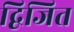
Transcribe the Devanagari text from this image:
द्विजित